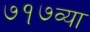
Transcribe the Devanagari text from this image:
७१७व्या